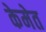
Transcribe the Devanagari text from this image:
केमेत